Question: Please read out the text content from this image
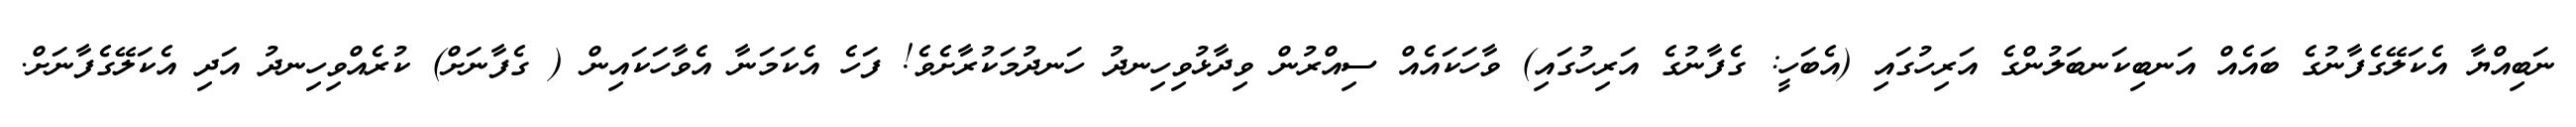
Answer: ނަބިއްޔާ އެކަލޭގެފާނުގެ ބައެއް އަނބިކަނބަލުންގެ އަރިހުގައި (އެބަހީ: ގެފާނުގެ އަރިހުގައި) ވާހަކައެއް ސިއްރުން ވިދާޅުވިހިނދު ހަނދުމަކުރާށެވެ! ފަހެ އެކަމަނާ އެވާހަކައިން ( ގެފާނަށް) ކުރެއްވިހިނދު އަދި އެކަލޭގެފާނަށް.